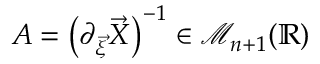
A = \big ( \partial _ { \vec { \xi } } \vec { X } \big ) ^ { - 1 } \in \mathcal { M } _ { n + 1 } ( \mathbb { R } )